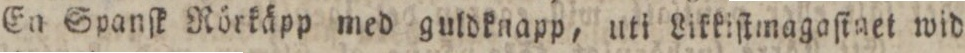
En Spanſk Rörkäpp med guldknapp, uti Likkiſtmagaſiget wid